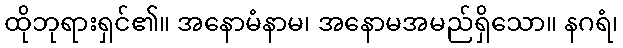
ထိုဘုရားရှင်၏။ အနောမံနာမ၊ အနောမအမည်ရှိသော။ နဂရံ၊